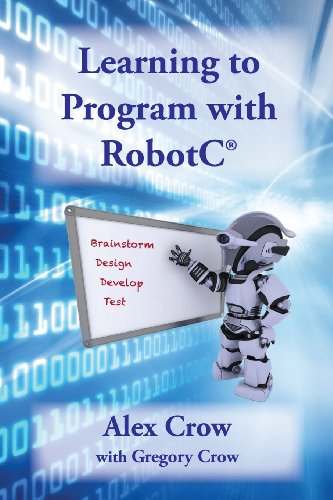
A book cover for Learning to Program with Robotc; Alex Crow; Children's Books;